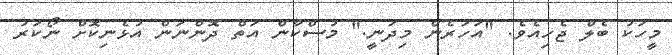
މީހަކު ބެލް ޖެހިއެވެ. "އަހަރެން މިދަނީ." މުސްކާން އަތް ދޮންނަން އުޅެނިކޮށް ނޯކަރު